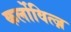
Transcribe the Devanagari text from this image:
कर्लोवित्ज़